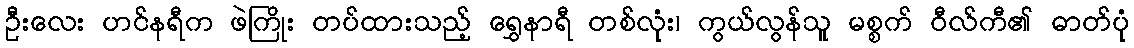
ဦးလေး ဟင်နရီက ဖဲကြိုး တပ်ထားသည့် ရွှေနာရီ တစ်လုံး၊ ကွယ်လွန်သူ မစ္စက် ဝီလ်ကီ၏ ဓာတ်ပုံ